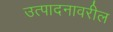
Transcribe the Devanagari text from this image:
उत्पादनावरील